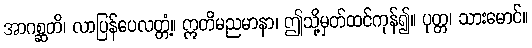
အာဂစ္ဆတိ၊ လာပြန်ပေလတ္တံ့။ ဣတိမညမာနာ၊ ဤသို့မှတ်ထင်ကုန်၍။ ပုတ္တ၊ သားမောင်။